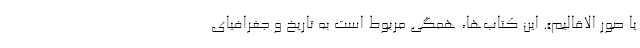
یا صُوَر الاقالیم». این کتاب‌ها، همگی مربوط است به تاریخ و جغرافیای